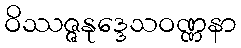
ဝိဿဇ္ဇနုဒ္ဒေသဝဏ္ဏနာ